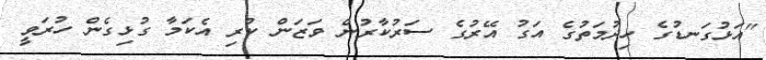
"އަޅުގަނޑުގެ ހިދުމަތުގެ އަގު އޭރުގެ ސަރުކާރުން ވަޒަން ކުރި އެކަމާ ގުޅިގެން ހުރަވީ